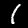
Label: 1